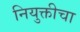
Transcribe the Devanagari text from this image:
नियुक्तीचा